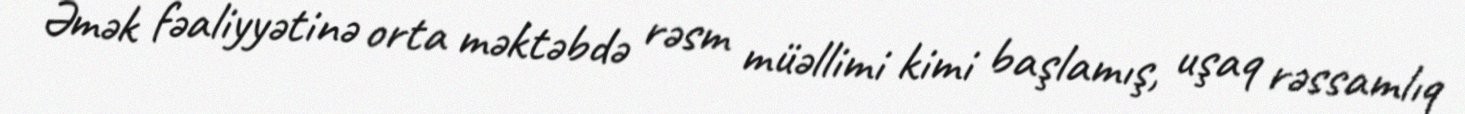
Əmək fəaliyyətinə orta məktəbdə rəsm müəllimi kimi başlamış, uşaq rəssamlıq